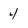
Character: 4